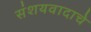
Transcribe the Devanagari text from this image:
संशयवादाचे